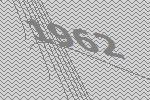
1962